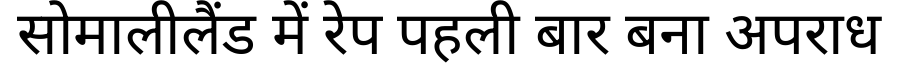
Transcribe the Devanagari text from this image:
सोमालीलैंड में रेप पहली बार बना अपराध